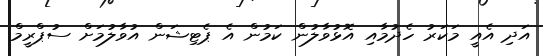
އަދި އެއީ މަކަރު ހެދުމާއި އޮޅުވާލުން ކަމުން އެ ޕެޓިޝަން އުވާލުމަށް ސުޕްރީމް